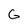
Character: G